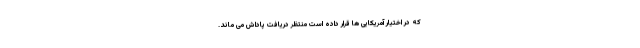
که در اختیار آَمریکایی ها قرار داده است منتظر دریافت پاداش می ماند.